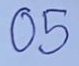
05